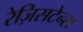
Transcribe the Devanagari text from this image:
रेज़िसटेन्स